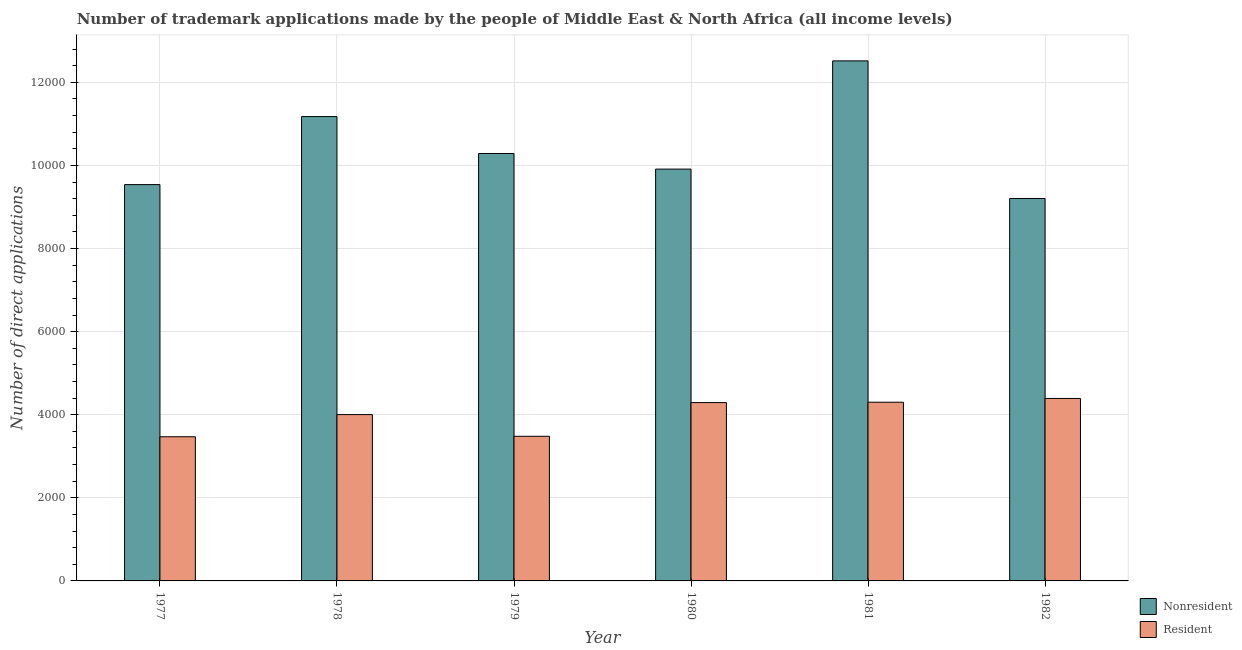
| Year | Nonresident | Resident |
 | --- | --- | --- |
 | 1977 | 9.54e+03 | 3.47e+03 |
 | 1978 | 1.12e+04 | 4e+03 |
 | 1979 | 1.03e+04 | 3.48e+03 |
 | 1980 | 9.91e+03 | 4.29e+03 |
 | 1981 | 1.25e+04 | 4.3e+03 |
 | 1982 | 9.20e+03 | 4.39e+03 |